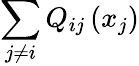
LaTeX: \sum_{j\neq i}Q_{ij}\left(x_{j}\right)